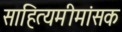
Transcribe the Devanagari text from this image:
साहित्यमीमांसक